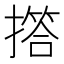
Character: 撘